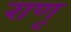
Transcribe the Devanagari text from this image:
राणू